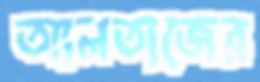
আলতাজের